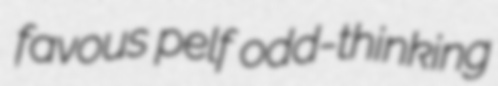
favous pelf odd-thinking